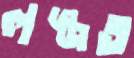
লজ্জত